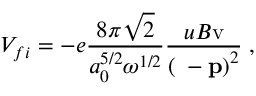
V _ { f i } = - e \frac { 8 \pi \sqrt { 2 } } { a _ { 0 } ^ { 5 / 2 } \omega ^ { 1 / 2 } } \frac { u B \mathrm { v } } { \left( { \bf \kappa - p } \right) ^ { 2 } } \; ,